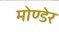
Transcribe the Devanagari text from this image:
मोण्डेर